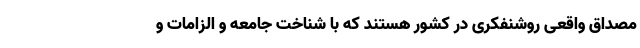
مصداق واقعی روشنفکری در کشور هستند که با شناخت جامعه و الزامات و